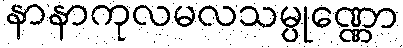
နာနာကုလမလသမ္ပုဏ္ဏော